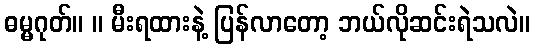
ဓမ္မဂုတ်။ ။ မီးရထားနဲ့ ပြန်လာတော့ ဘယ်လိုဆင်းရဲသလဲ။